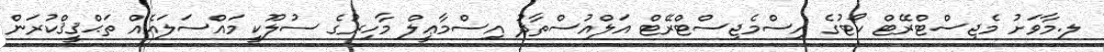
ލ.މާވަށު މެޖިސްޓްރޭޓް ކޯޓުގެ އިސްމެޖިސްޓްރޭޓް އަލްއުސްތާޛު އިސްމާޢީލް މާހިރުގެ ސުލޫކީ މައްސަލައެއް ތަޙްޤީޤްކުރަން